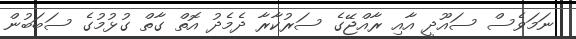
ނަމަވެސް ސައޫދީ އާއި ރާއްޖޭގެ ސަރުކާރާ ދެމެދު އޮތް ގާތް ގުޅުމުގެ ސަބަބުން